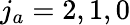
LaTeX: {j_{a}}=2,1,0